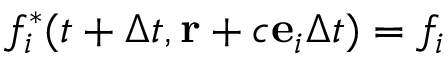
f _ { i } ^ { * } ( t + \Delta t , \mathbf { r } + c { \bf e } _ { i } \Delta t ) = f _ { i }